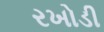
રખોડી